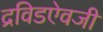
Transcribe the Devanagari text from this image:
द्रविडऐवजी